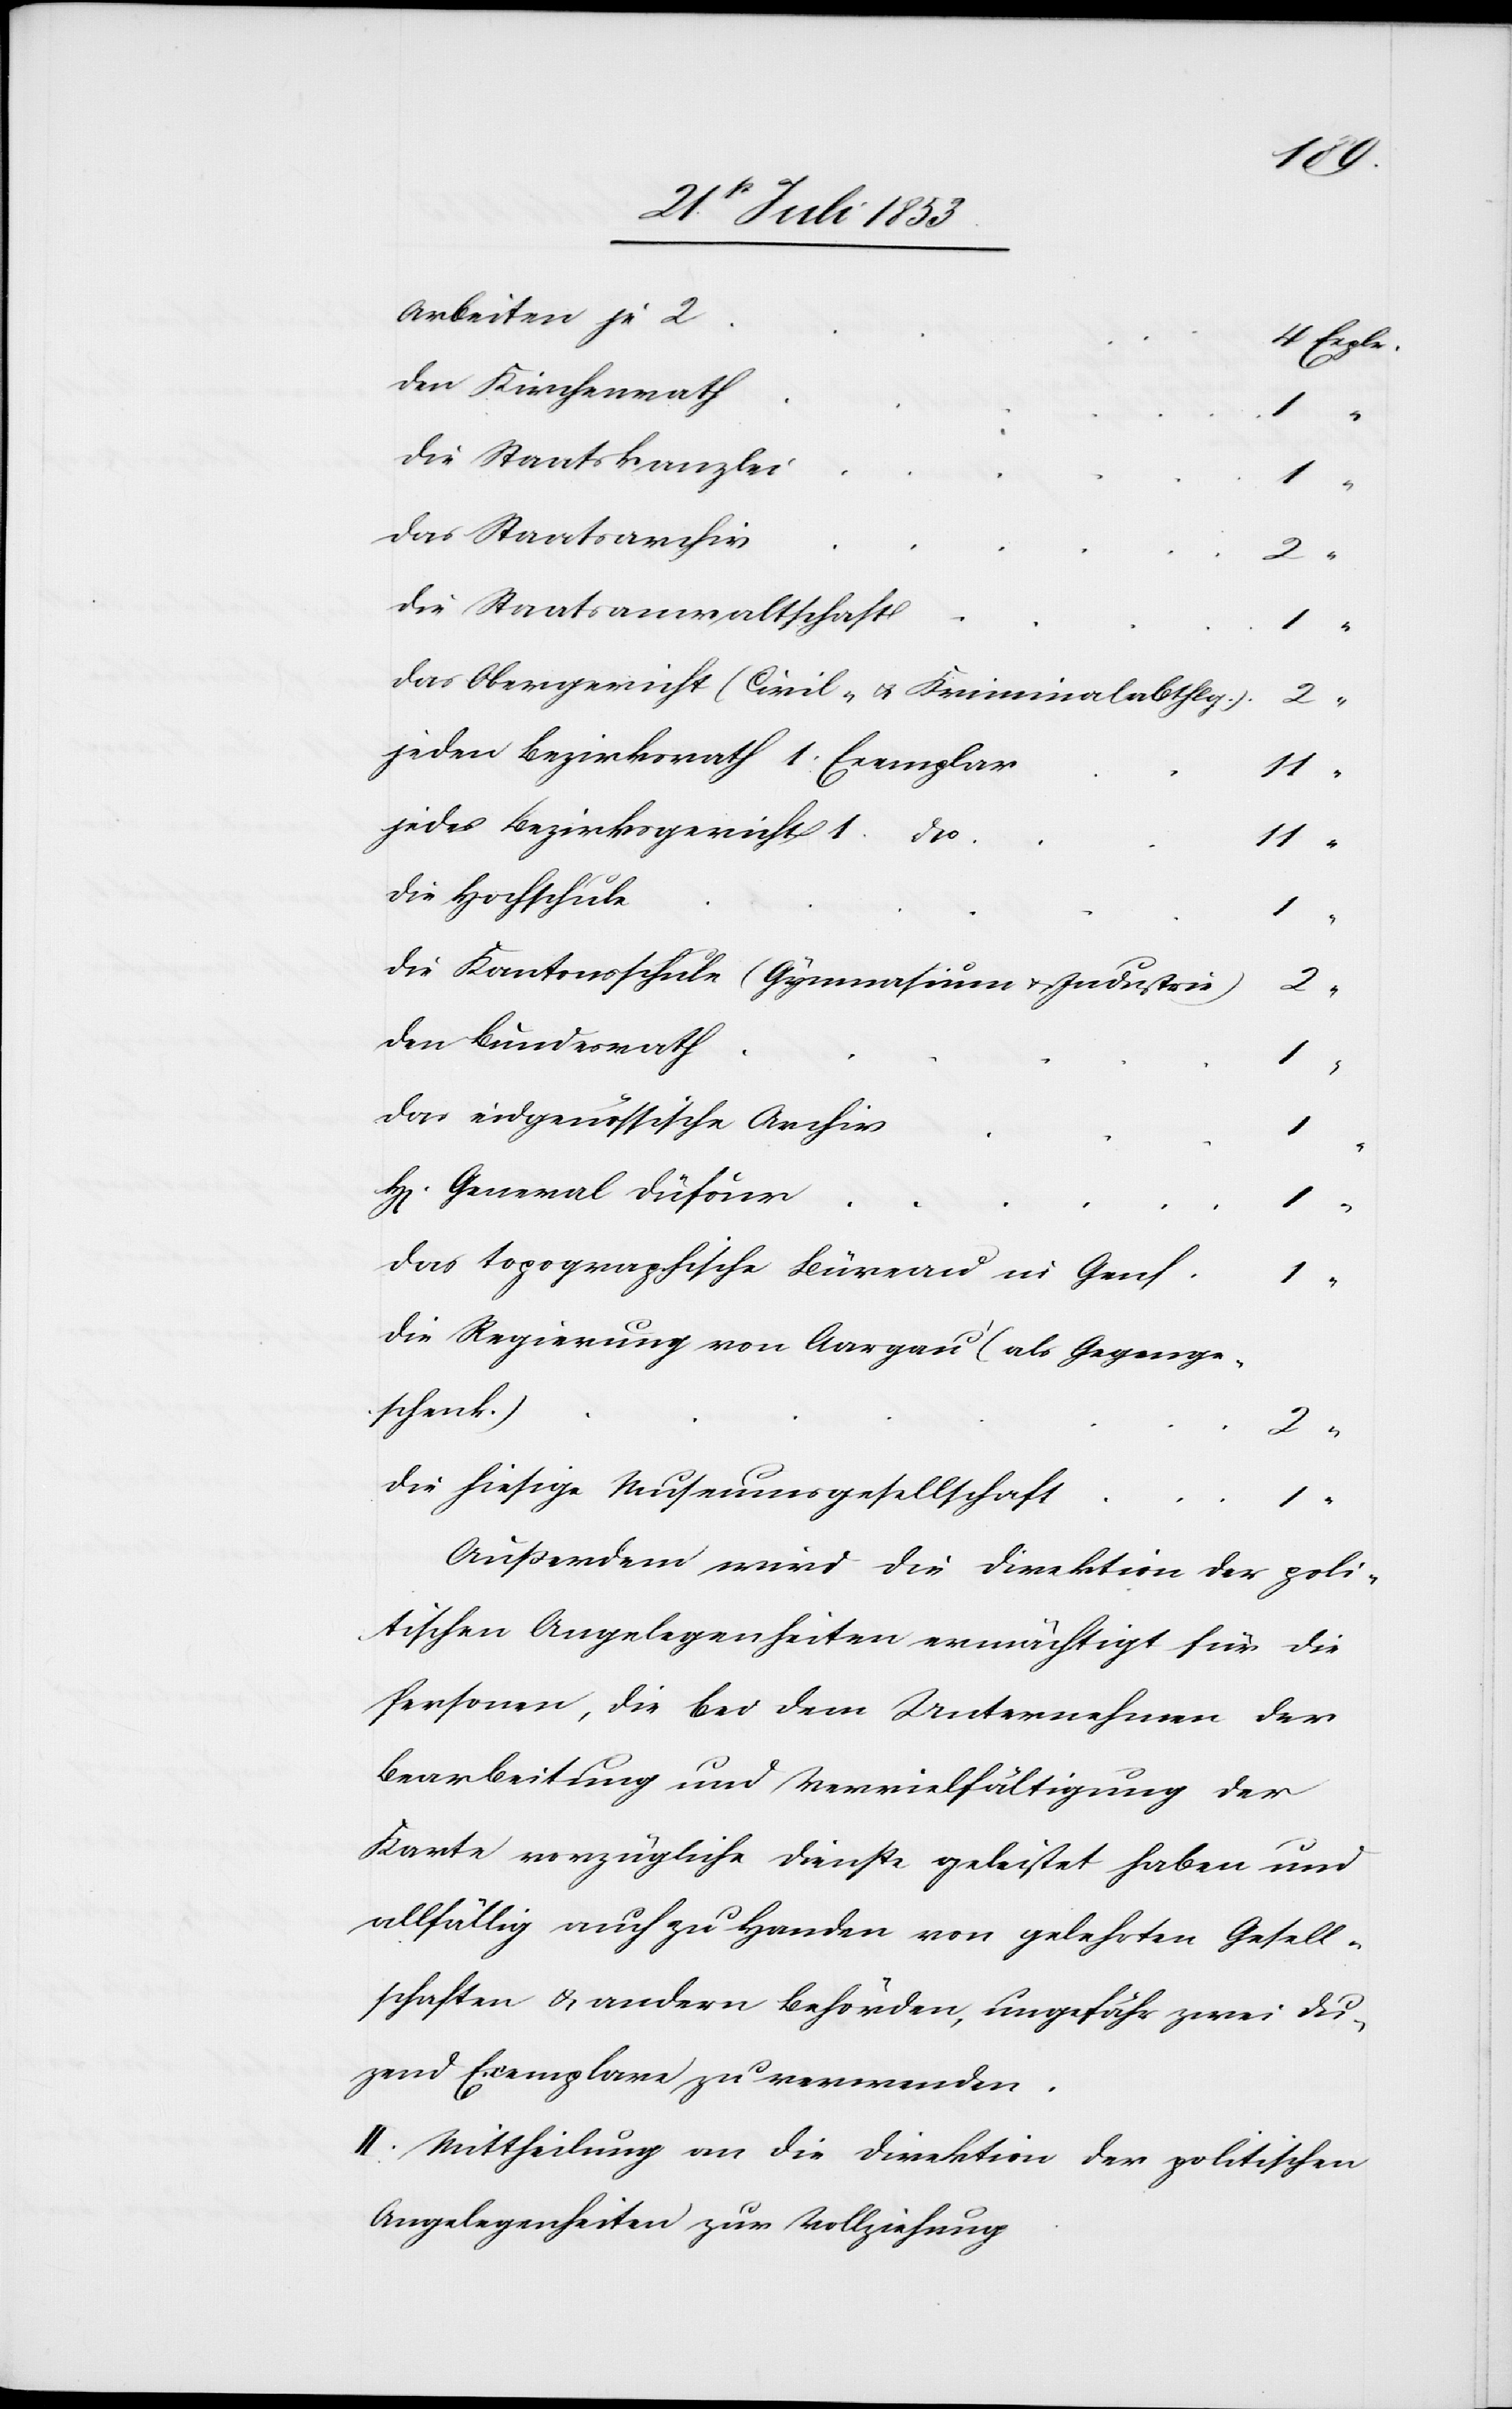
das
t						1
das Obergericht (Civil- u. Kriminalabthl¬
jedes Bezirksgericht 1
die
“
die Kantonsschule (Gymnasium u.
das eidgenössische Archi¬
das topographische Büreau in
“
die Regierung von Aargau (als Gegenge¬
“
die hiesige Museumsgesellschaf¬
“
den
Außerdem wird die Direktion der poli¬
tischen Angelegenheiten ermächtigt für die
Personen, die bei dem Unternehmen der
Bearbeitung und Vervielfältigung der
Karte vorzügliche Dienste geleistet haben und
allfällig auch zu Handen von gelehrten Gesell¬
schaften u. andern Behörden, ungefähr zwei Du¬
zend Exemplare zu verwenden.
II. Mittheilung an die Direktion der politischen
Angelegenheiten zur Vollziehung